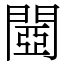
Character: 閸